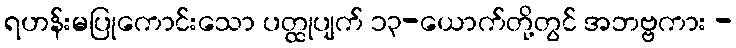
ရဟန်းမပြုကောင်းသော ပတ္ထုပျက် ၁၃-ယောက်တို့တွင် အဘဗ္ဗကား -